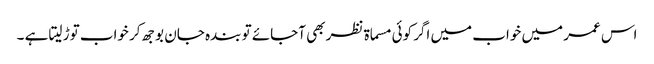
اس عمر میں خواب میں اگر کوئی مسماۃ نظر بھی آجائے تو بندہ جان بوجھ کر خواب توڑ لیتا ہے ۔